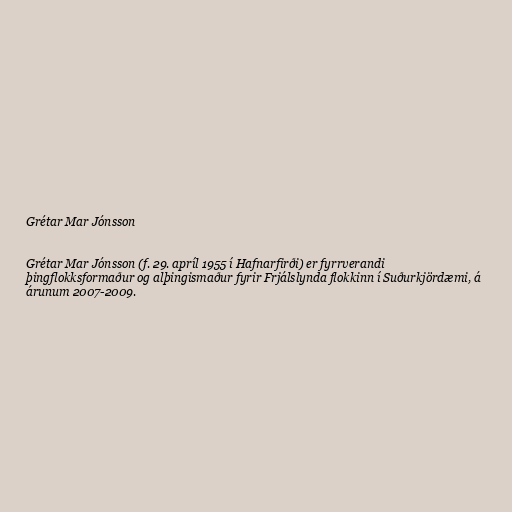
Grétar Mar Jónsson

Grétar Mar Jónsson (f. 29. apríl 1955 í Hafnarfirði) er fyrrverandi
þingflokksformaður og alþingismaður fyrir Frjálslynda flokkinn í Suðurkjördæmi, á
árunum 2007-2009.